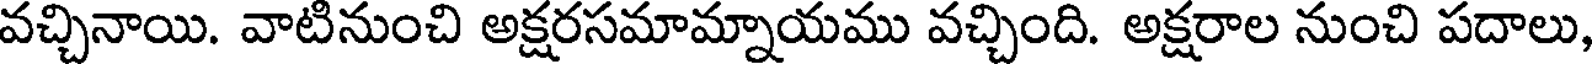
వచ్చినాయి. వాటినుంచి అక్షరసమామ్నాయము వచ్చింది. అక్షరాల నుంచి పదాలు,